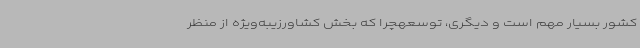
کشور بسیار مهم است و دیگری، توسعهچرا که بخش کشاورزیبه‌ویژه از منظر